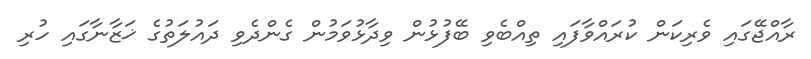
ރާއްޖޭގައި ވެރިކަން ކުރައްވާފައި ތިއްބެވި ބޭފުޅުން ވިދާޅުވަމުން ގެންދެވި ދައުލަތުގެ ޚަޒާނާގައި ހުރި